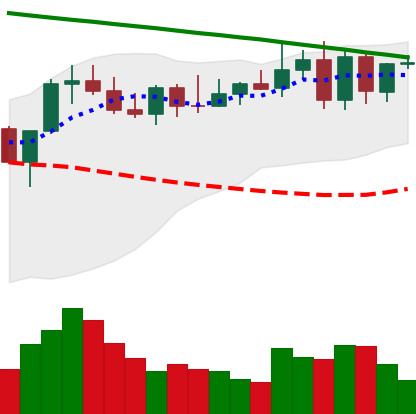
Ticker: XMR-USD
Chart end date: 2022-08-13
Forward return: -4.077%
Label: down_3_5